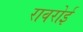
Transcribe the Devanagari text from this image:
रावरोई